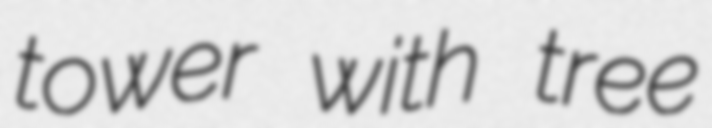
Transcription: tower with tree